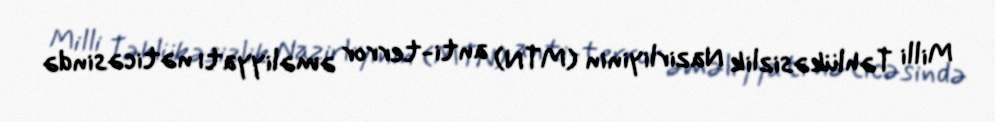
Milli Təhlükəsizlik Nazirliyinin (MTN) anti-terror əməliyyatı nəticəsində